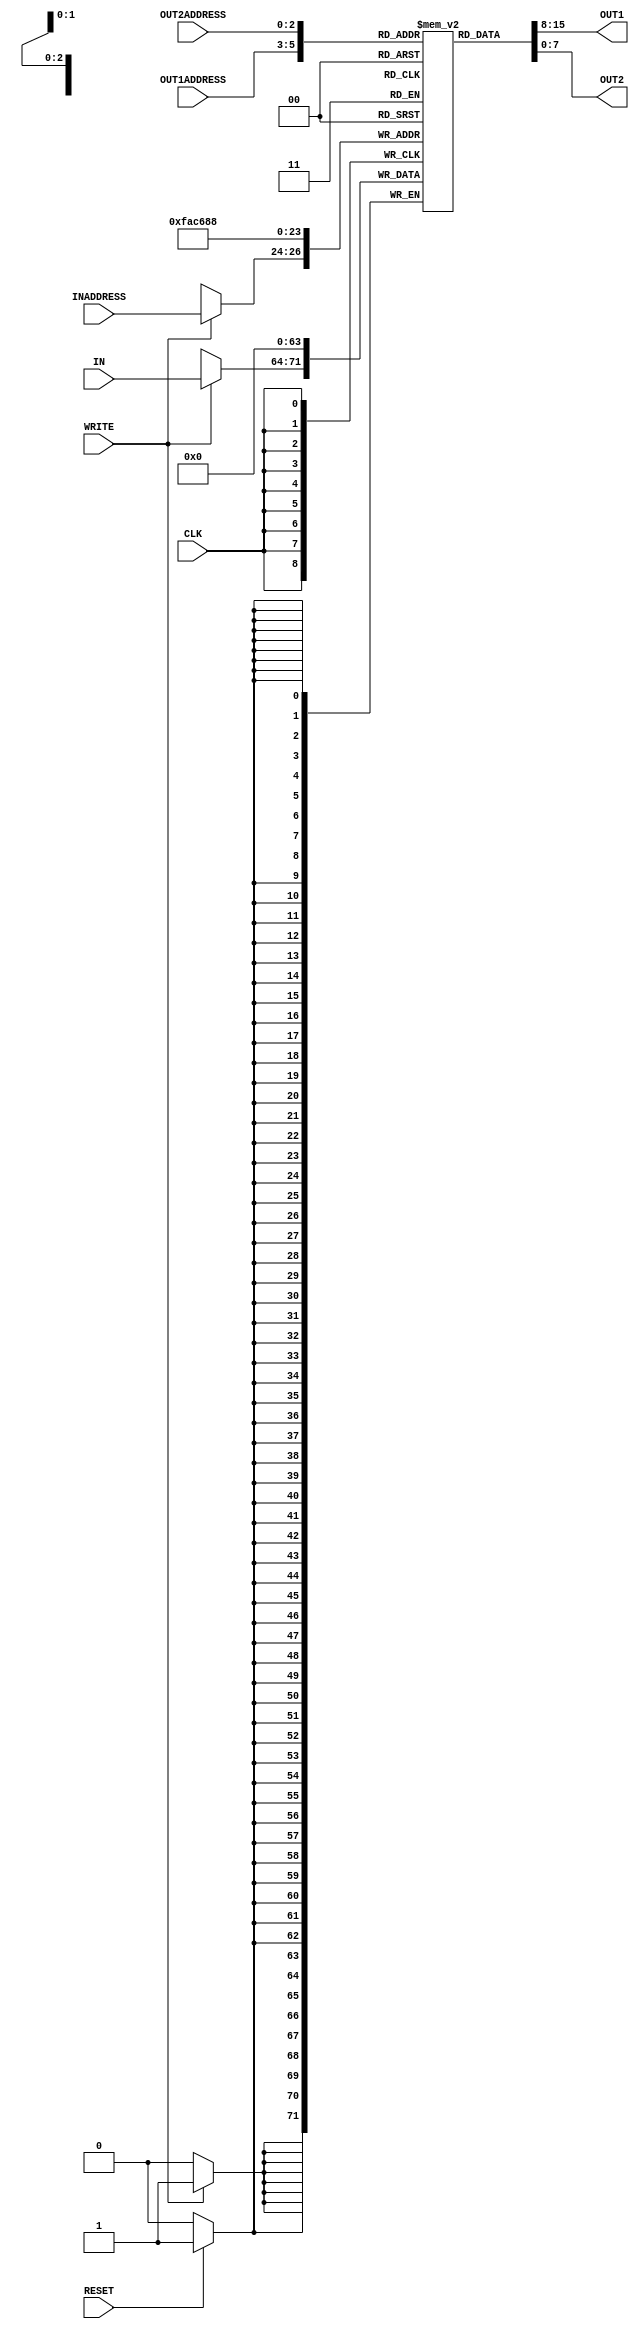
// Computer Architecture (CO224) - Lab
// Design: Register File of the Simple Processor

`timescale 1ns/100ps

// W = width of a register
// N = number of registers being created
module RegFile #(parameter W = 8, parameter N = 8)(
    input  [7:0] IN, 
    input  [2:0] INADDRESS,OUT1ADDRESS,OUT2ADDRESS, 
    input WRITE, CLK, RESET,
    output [7:0] OUT1,OUT2
);

    // Createing a 8 x 8 register file
    reg [W-1:0] registerfile [0:N-1];

    integer i;
    always @(posedge CLK)begin
        if (RESET==1'b1) begin
        // all set to zero
            #1
            for(i = 0; i < N; i = i + 1) begin
                 registerfile[i] = 'b0;
            end
        end
        // Register Write
        if(WRITE == 1'b1) begin
            #1
            registerfile[INADDRESS] = IN; 
        end
    end
    //Register Read
    assign #1 OUT1 = registerfile[OUT1ADDRESS];
    assign #1 OUT2 = registerfile[OUT2ADDRESS];

endmodule